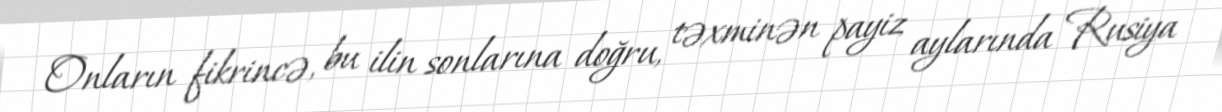
Onların fikrincə, bu ilin sonlarına doğru, təxminən payiz aylarında Rusiya